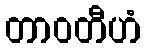
တာဝတီဟံ